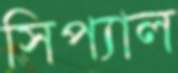
সিপ্যাল